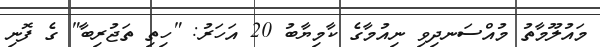
މައުލޫމާތު މުއްސަނދިވި ނިއުމާގެ ކާމިޔާބު 20 އަހަރު: "ހިތި ތަޖުރިބާ" ގެ ފޮނި